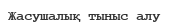
Жасушалық тыныс алу